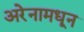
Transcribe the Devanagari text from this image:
अरेनामधून